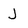
Character: J